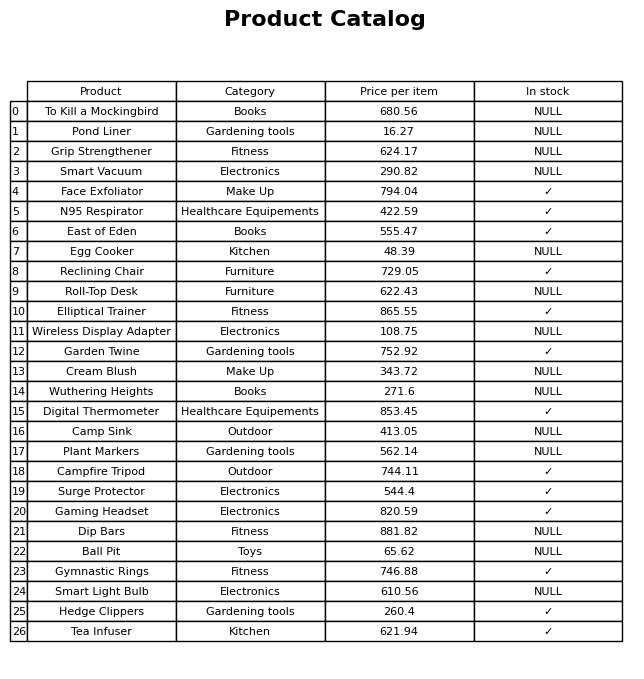
question: Is the To Kill a Mockingbird in stock?
answer: NULL